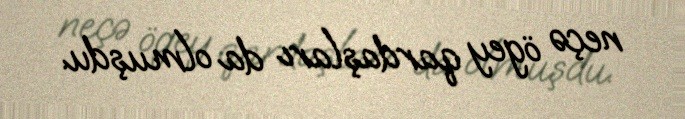
neçə ögey qardaşları da olmuşdu.